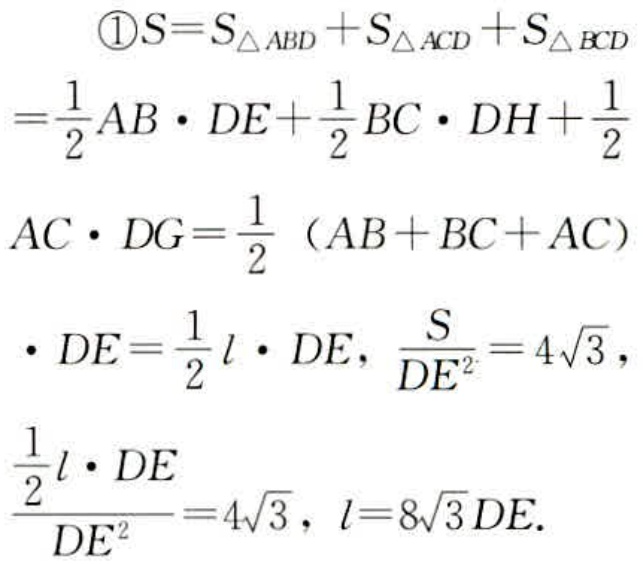
\[
\begin{align*}
&\textcircled{1}S = S_{\triangle ABD}+S_{\triangle ACD}+S_{\triangle BCD}\\
=&\frac{1}{2}AB\cdot DE+\frac{1}{2}BC\cdot DH+\frac{1}{2}\\
&AC\cdot DG=\frac{1}{2}(AB + BC + AC)\\
&\cdot DE=\frac{1}{2}l\cdot DE,\frac{S}{DE^{2}} = 4\sqrt{3},\\
&\frac{\frac{1}{2}l\cdot DE}{DE^{2}}=4\sqrt{3},l = 8\sqrt{3}DE.
\end{align*}
\]